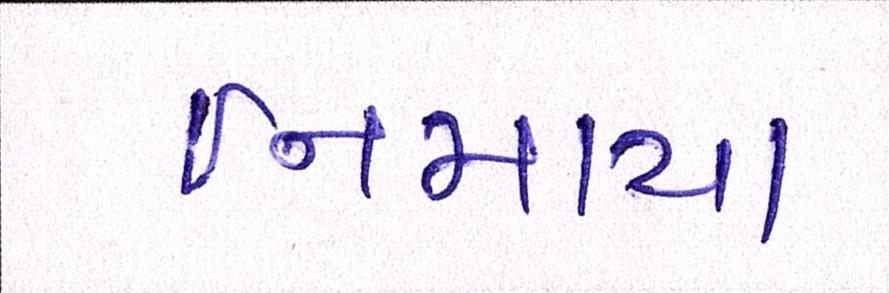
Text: નિમાયા